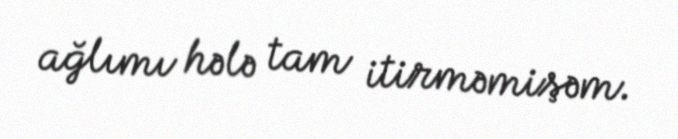
ağlımı hələ tam itirməmişəm.